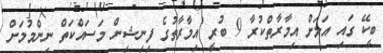
ބީކޭ ގައި އަލަށް އިމާރާތްކުރާ 9 ބުރީ އިމާރާތުގެ ފިނިޝިން މަސައްކަތް ނިންމުމަށް